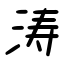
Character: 涛